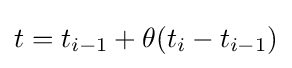
t=t_{i-1}+\theta (t_{i}-t_{i-1})